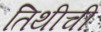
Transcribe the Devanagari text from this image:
तिथीची